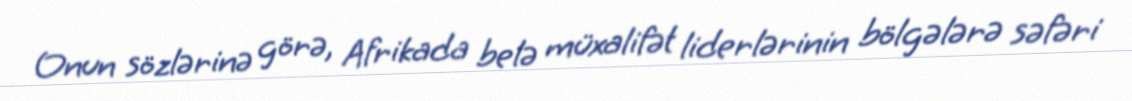
Onun sözlərinə görə, Afrikada belə müxalifət liderlərinin bölgələrə səfəri